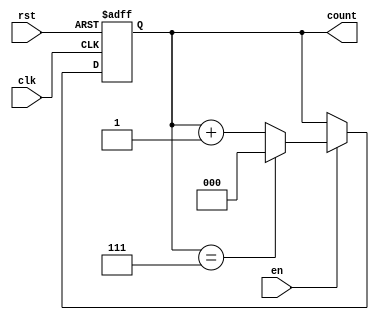
module binary_counter (
    input wire clk,      // Clock signal
    input wire rst,      // Asynchronous reset signal
    input wire en,       // Enable signal
    output reg [n-1:0] count // Current count value (n-bit)
);
    parameter n = 3; // Number of bits for the counter (change as needed)

    // Asynchronous reset and counting logic
    always @(posedge clk or posedge rst) begin
        if (rst) begin
            count <= 0; // Reset the counter to 0
        end else if (en) begin
            if (count == (2**n - 1)) begin
                count <= 0; // Wrap around to 0 if max value is reached
            end else begin
                count <= count + 1; // Increment the counter
            end
        end
    end

endmodule